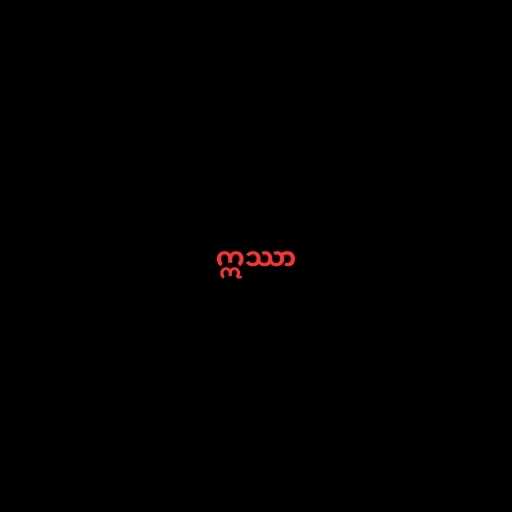
ဣဿာ